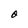
Character: O